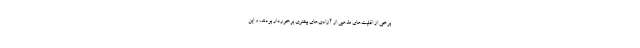
برخی از اقلیت‌های مذهبی از آزادی‌های بیشتری برخوردار بودند، و این